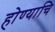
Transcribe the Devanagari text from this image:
होण्याचि